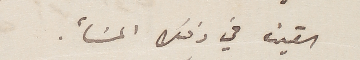
القينا في ذلك المسَأ.